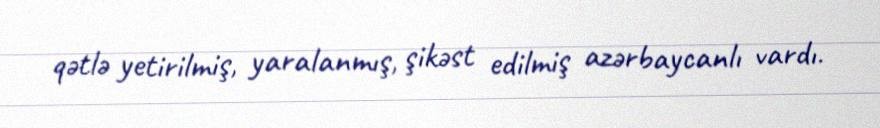
qətlə yetirilmiş, yaralanmış, şikəst edilmiş azərbaycanlı vardı.